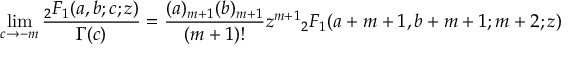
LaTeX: \operatorname* { l i m } _ { c \to - m } { \frac { { } _ { 2 } F _ { 1 } ( a , b ; c ; z ) } { \Gamma ( c ) } } = { \frac { ( a ) _ { m + 1 } ( b ) _ { m + 1 } } { ( m + 1 ) ! } } z ^ { m + 1 } { } _ { 2 } F _ { 1 } ( a + m + 1 , b + m + 1 ; m + 2 ; z )